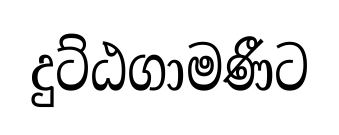
දුට්ඨගාමණීට